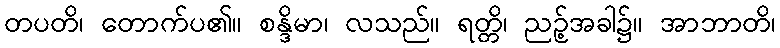
တပတိ၊ တောက်ပ၏။ စန္ဒိမာ၊ လသည်။ ရတ္တိ၊ ညဉ့်အခါ၌။ အာဘာတိ၊